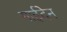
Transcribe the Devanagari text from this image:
गाईदेन